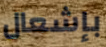
بإشعال